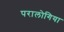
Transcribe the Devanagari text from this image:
परालोगिया